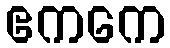
ဧကကေ